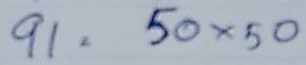
91 = 50 x 50